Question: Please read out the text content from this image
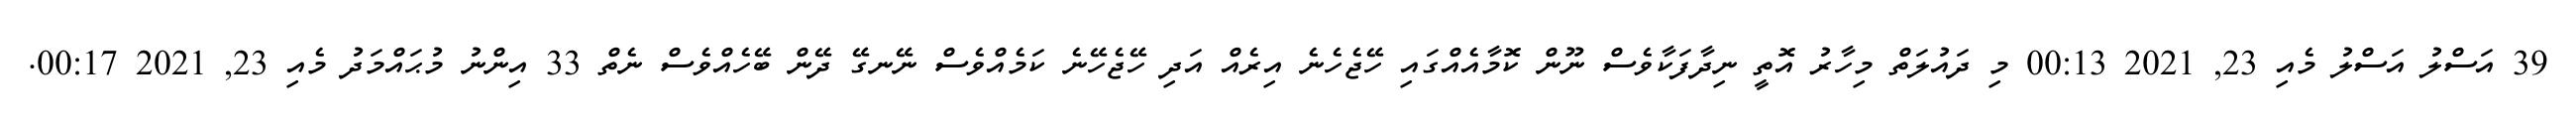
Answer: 39 އަސްލު އަސްލު މެއި 23, 2021 00:13 މި ދައުލަތް މިހާރު އޮތީ ނިދާފަކާވެސް ނޫން ކޮމާއެއްގައި ހޭޖެހެނެ އިރެއް އަދި ހޭޖެހޭނެ ކަމެއްވެސް ނޭނގޭ ދޭން ބޭހެއްވެސް ނެތް 33 އިންނު މުޙައްމަދު މެއި 23, 2021 00:17.